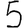
Digit: 5